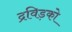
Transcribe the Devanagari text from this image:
द्रविड़को